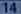
14